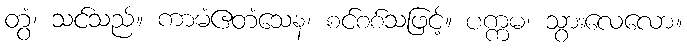
တွံ၊ သင်သည်။ ကာမံဧတံသေန၊ စင်စစ်သဖြင့်။ ပက္ကမ၊ သွားလေလော။